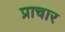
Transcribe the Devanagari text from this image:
प्राचार